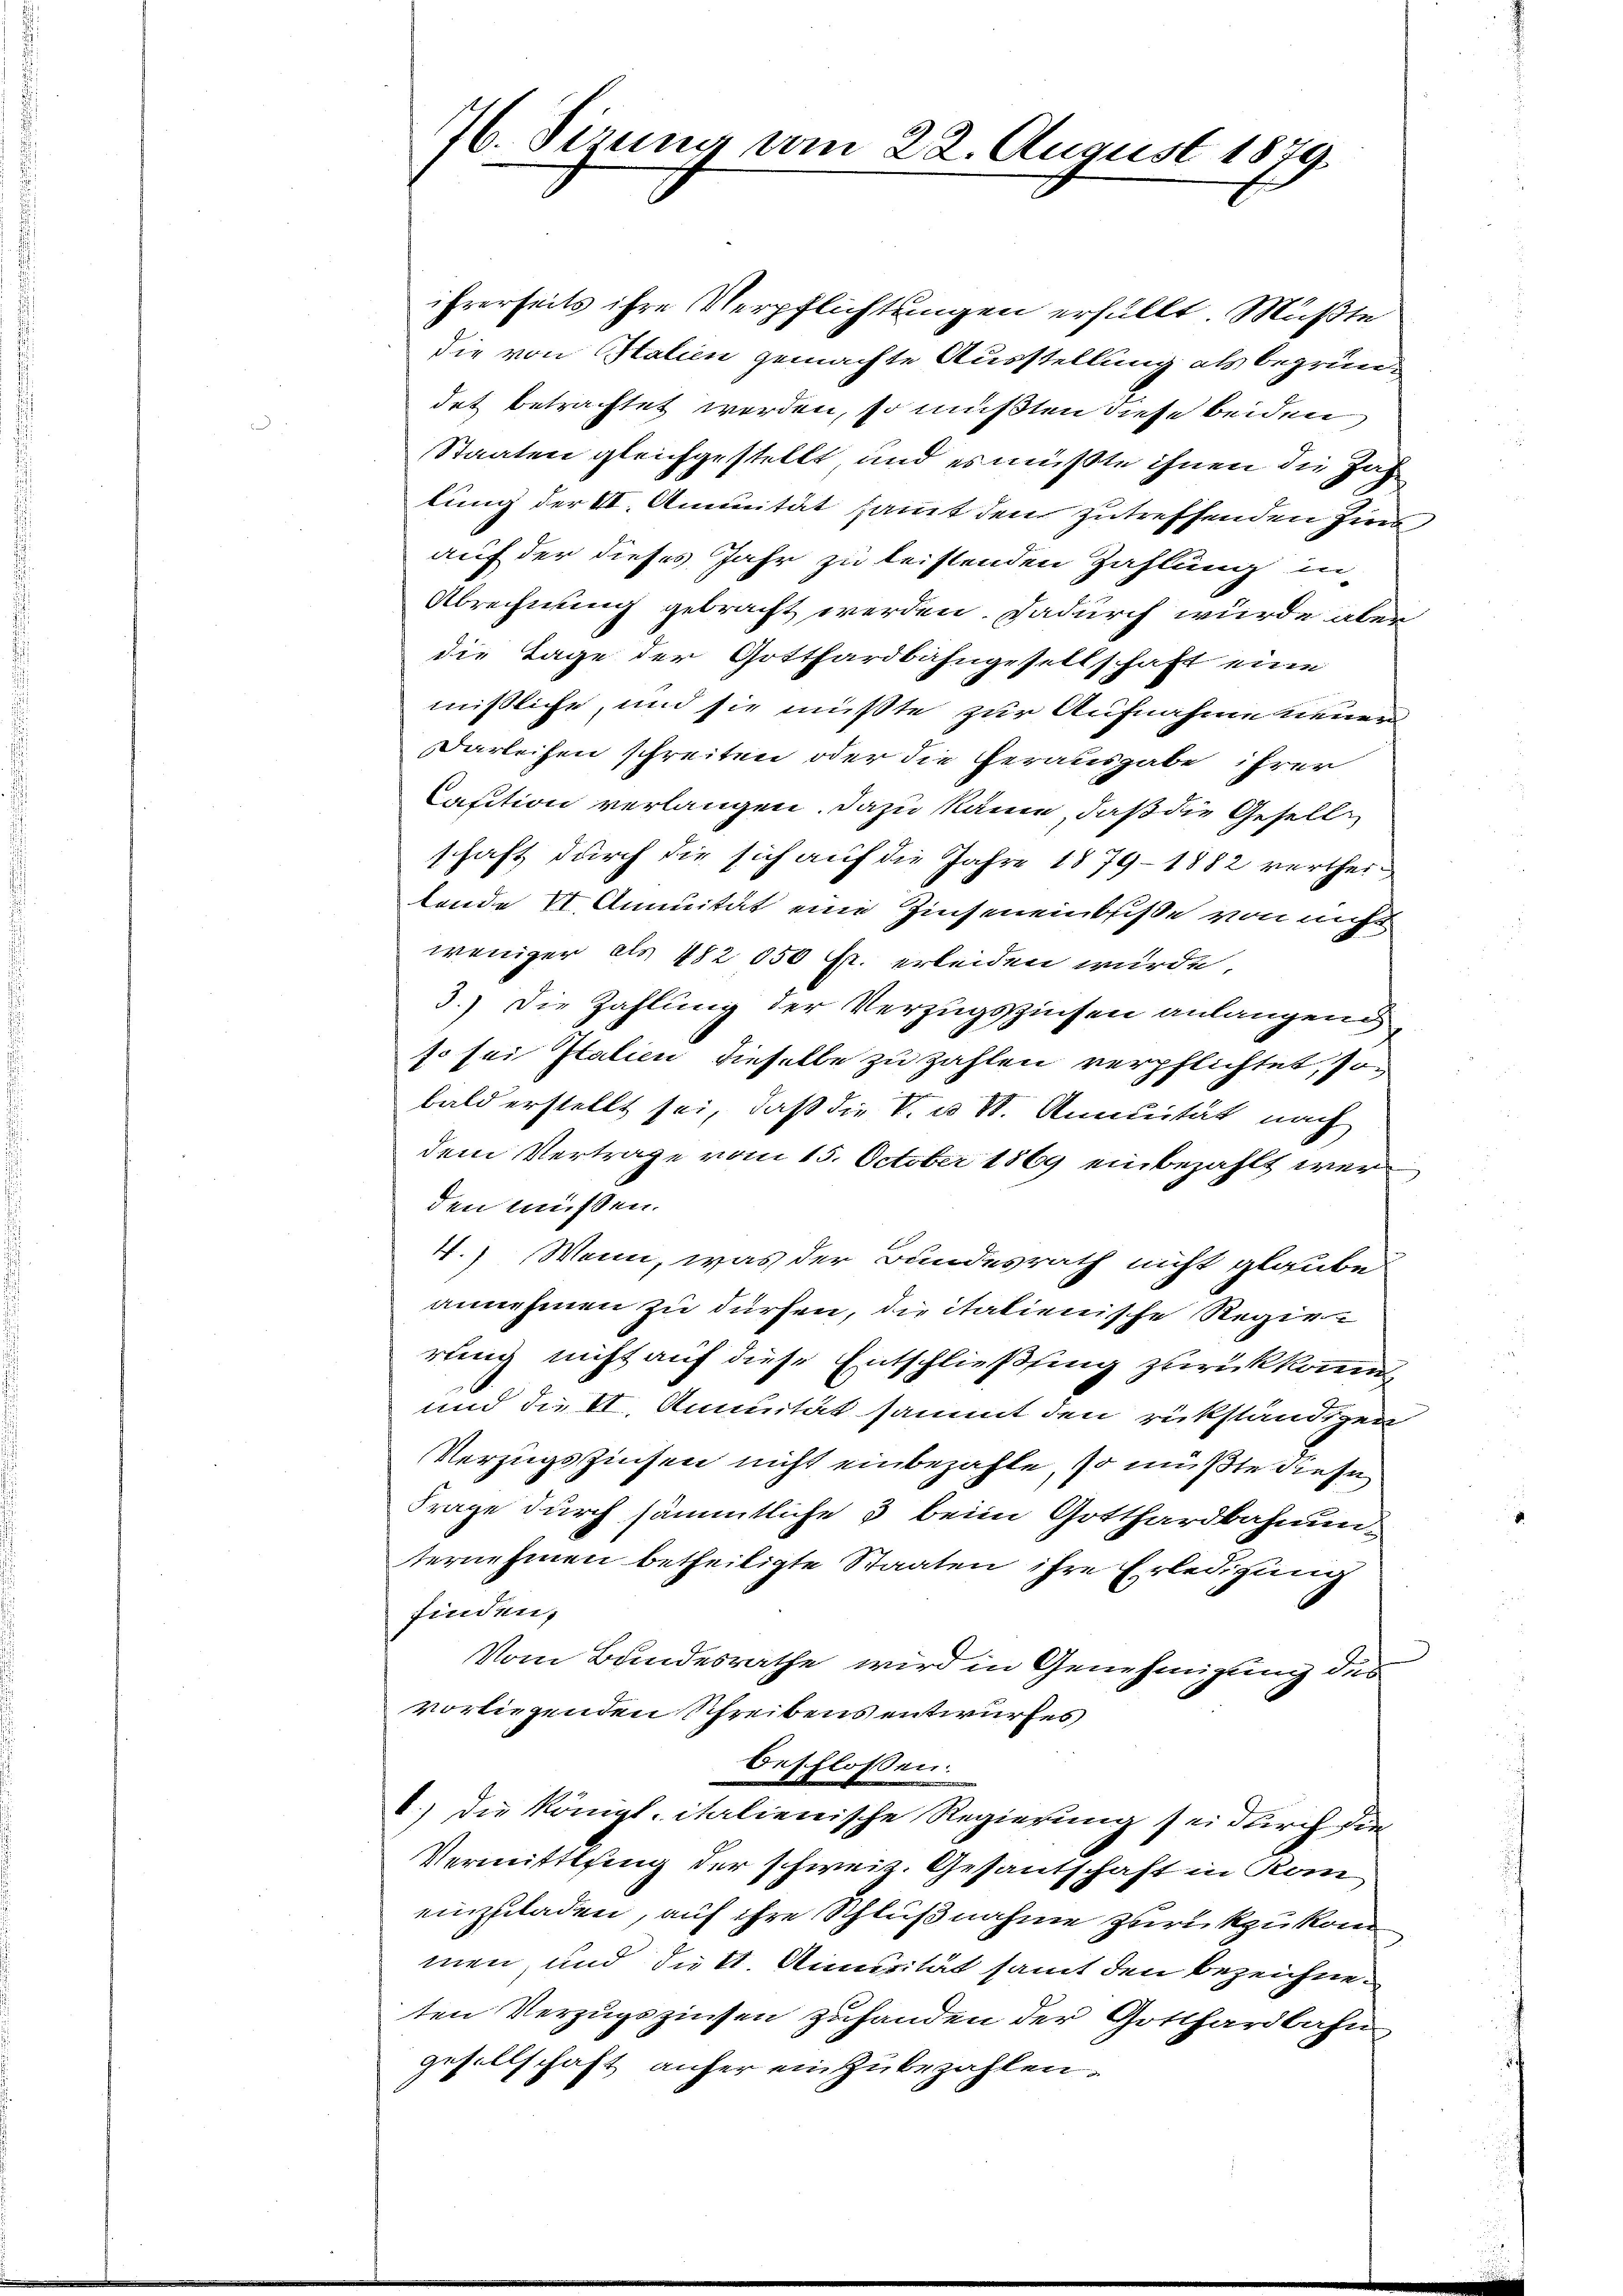
76. Sirung vom 22. August 1879

ihrerseits ihre Verpflichtungen erfüllt. Müßte
die von Halien gemachte Ausstellung als begründet betrachtet werden, so mußten diese beiden
Staaten gleichgestellt und es müßte ihnen die Zah
lung der II. Annuität samt den zutreffenden Zin
auf der dieses Jahr zu leistenden Zahlung in
Abrechnung gebracht werden. Dadurch wurde aber
die Tage der Gotthardbahngesellschaft eine
mißliche, und sie mußte zur Aufnahme neuen
Darleihen schreiten oder die Herausgabe ihrer
Caution verlangen. Dazu käme, daß die Gesellschaft durch die sich auf die Jahre 1879-1882 vertheilende VI. Annuität eine Zinseneinbrisse von nicht
weniger als 482 050 Fr. erleiden wurde
3.) Die Zahlung der Verzugszinsen anlangend,
so sei Italien dieselbe zu zahlen verpflichtet, so
bald erstellt sei, daß die V. u St. Annuität nach
dem Vertrage vom 15. October 1869 einbezahlt werden müssen.
4.) Wenn, was der Bundesrath nicht glaube
annehmen zu dürfen, die italienische Regie
rung nicht auf diese Entschließung zurückkomm
und die II. Annuität sammt den rückständigen
Verzugszinsen nicht einbezahle, so müßte diese
Frage durch sämmtliche 3 beim Gotthardbahnunternehmen betheiligte Staaten ihre Erledigung
finden,

Vom Bundesrathe wird in Genehmigung des
vorliegenden Schreibens entwurfes
beschlossen:
1.) Die Königl. italienische Regierung sei durch die
Vermittlung der schweiz. Gesantschaft in Kon
einzuladen, auf ihre Schlußnahme zurückzukom
men, und dukt Annuität samt den bezeichneten Verzugszinsen zuhanden der Gotthardbahn
gesellschaft anfer einzubezahlen.